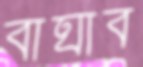
বাঘাব